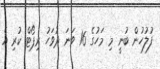
ފުލުހުން ބުނީ މި މަހުގެ 16 ވަނަ ދުވަހު ރިޕޯޓް ކުރި އެ